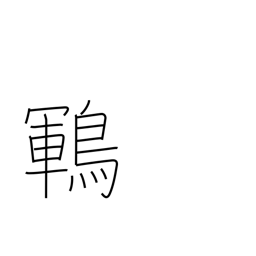
Meaning: type of black songbird